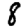
Digit: 8